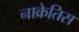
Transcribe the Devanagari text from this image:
नाक्रेतिस